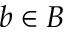
b \in B